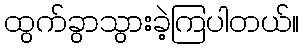
ထွက်ခွာသွားခဲ့ကြပါတယ်။